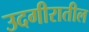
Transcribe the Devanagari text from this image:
उदगीरातील